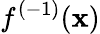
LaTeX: f^{(-1)}(\mathbf{x})